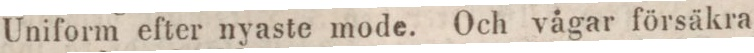
Uniform efter nyaste mode. Och vågar försäkra